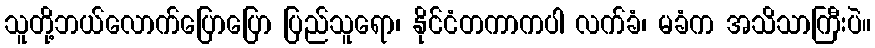
သူတို့ဘယ်လောက်ပြောပြော ပြည်သူရော၊ နိုင်ငံတကာကပါ လက်ခံ၊ မခံက အသိသာကြီးပဲ။